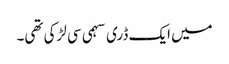
میں ایک ڈری سہمی سی لڑکی تھی۔